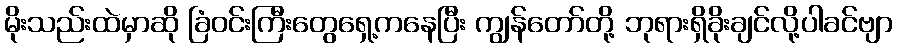
မိုးသည်းထဲမှာဆို ခြံဝင်းကြီးတွေရှေ့ကနေပြီး ကျွန်တော်တို့ ဘုရားရှိခိုးချင်လို့ပါခင်ဗျာ